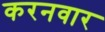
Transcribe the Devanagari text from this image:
करनवार